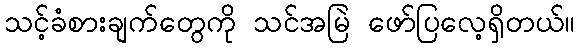
သင့်ခံစားချက်တွေကို သင်အမြဲ ဖော်ပြလေ့ရှိတယ်။